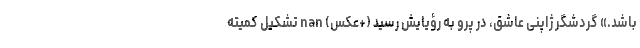
باشد.» گردشگر ژاپنی عاشق، در پرو به رؤیایش رسید (+عکس) nan تشکیل کمیته